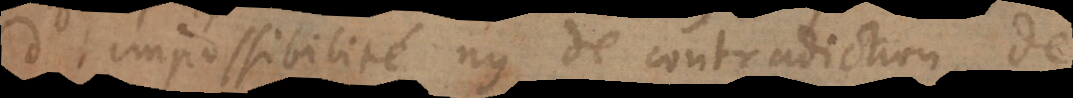
d’impossibilité ny de contradiction, de